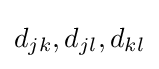
d_{jk},d_{jl},d_{kl}